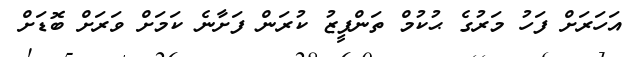
އަހަރަށް ފަހު މަރުގެ ޙުކުމް ތަންފީޒު ކުރަން ފަށާނެ ކަމަށް ވަރަށް ބޮޑަށް